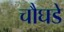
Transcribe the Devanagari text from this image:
चौघडे